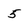
Character: 5